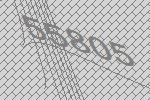
55805